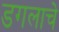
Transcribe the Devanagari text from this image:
डगलाचे